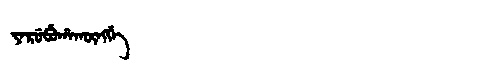
Manchu: ᠶᠠᡵᡠᠪᡠᡥᠠᡴᡡᠩᡤᡝ
Romanization: YARUBUHAKŪNGGE